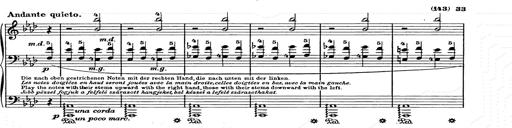
Title: Weihnachtsbaum
Composer: Franz Liszt